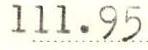
111.95